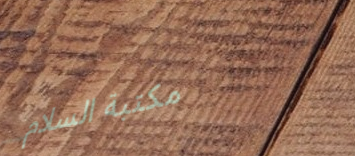
مكتبة السلام